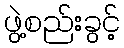
ဖွဲ့စည်းခွင့်